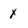
Character: x